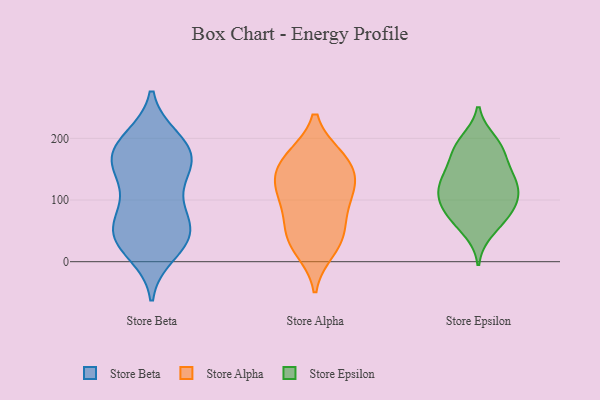
{"axis": {"x": "Customer Acquisition Cost (USD)", "y": "Value"}, "legend": ["Store Alpha", "Store Beta", "Store Epsilon"], "data": [{"x": "", "y": 165, "type": "Store Beta"}, {"x": "", "y": 56, "type": "Store Beta"}, {"x": "", "y": 92, "type": "Store Beta"}, {"x": "", "y": 106, "type": "Store Beta"}, {"x": "", "y": 72, "type": "Store Beta"}, {"x": "", "y": 42, "type": "Store Beta"}, {"x": "", "y": 154, "type": "Store Beta"}, {"x": "", "y": 156, "type": "Store Beta"}, {"x": "", "y": 147, "type": "Store Beta"}, {"x": "", "y": 164, "type": "Store Beta"}, {"x": "", "y": 194, "type": "Store Beta"}, {"x": "", "y": 44, "type": "Store Beta"}, {"x": "", "y": 178, "type": "Store Beta"}, {"x": "", "y": 194, "type": "Store Beta"}, {"x": "", "y": 28, "type": "Store Beta"}, {"x": "", "y": 34, "type": "Store Beta"}, {"x": "", "y": 52, "type": "Store Beta"}, {"x": "", "y": 14, "type": "Store Beta"}, {"x": "", "y": 199, "type": "Store Beta"}, {"x": "", "y": 86, "type": "Store Alpha"}, {"x": "", "y": 117, "type": "Store Alpha"}, {"x": "", "y": 48, "type": "Store Alpha"}, {"x": "", "y": 131, "type": "Store Alpha"}, {"x": "", "y": 126, "type": "Store Alpha"}, {"x": "", "y": 48, "type": "Store Alpha"}, {"x": "", "y": 170, "type": "Store Alpha"}, {"x": "", "y": 168, "type": "Store Alpha"}, {"x": "", "y": 93, "type": "Store Alpha"}, {"x": "", "y": 29, "type": "Store Alpha"}, {"x": "", "y": 170, "type": "Store Alpha"}, {"x": "", "y": 139, "type": "Store Alpha"}, {"x": "", "y": 19, "type": "Store Alpha"}, {"x": "", "y": 126, "type": "Store Epsilon"}, {"x": "", "y": 137, "type": "Store Epsilon"}, {"x": "", "y": 72, "type": "Store Epsilon"}, {"x": "", "y": 88, "type": "Store Epsilon"}, {"x": "", "y": 127, "type": "Store Epsilon"}, {"x": "", "y": 66, "type": "Store Epsilon"}, {"x": "", "y": 49, "type": "Store Epsilon"}, {"x": "", "y": 137, "type": "Store Epsilon"}, {"x": "", "y": 178, "type": "Store Epsilon"}, {"x": "", "y": 103, "type": "Store Epsilon"}, {"x": "", "y": 196, "type": "Store Epsilon"}, {"x": "", "y": 105, "type": "Store Epsilon"}, {"x": "", "y": 180, "type": "Store Epsilon"}, {"x": "", "y": 153, "type": "Store Epsilon"}, {"x": "", "y": 191, "type": "Store Epsilon"}, {"x": "", "y": 109, "type": "Store Epsilon"}, {"x": "", "y": 84, "type": "Store Epsilon"}]}